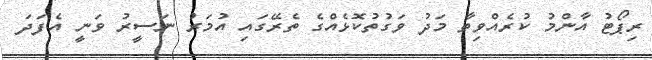
ރިޕޯޓު އާންމު ކުރެއްވިތާ މަދު ވަގުތުކޮޅެއްގެ ތެރޭގައި އުމަރު ނަސީރު ވަނީ އެފަދަ